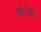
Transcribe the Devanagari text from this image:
भंेट